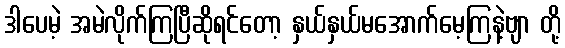
ဒါပေမဲ့ အမဲလိုက်ကြပြီဆိုရင်တော့ နှယ်နှယ်မအောက်မေ့ကြနဲ့ဗျာ တို့